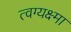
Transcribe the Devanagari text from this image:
त्वग्यक्ष्मा